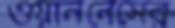
ওয়াননেসের